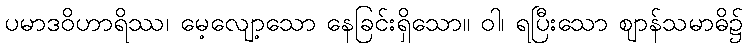
ပမာဒဝိဟာရိဿ၊ မေ့လျော့သော နေခြင်းရှိသော။ ဝါ၊ ရပြီးသော ဈာန်သမာဓိ၌